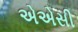
એએસી